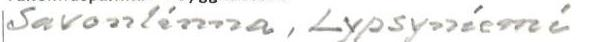
Savonlinna, Lypsyniemi